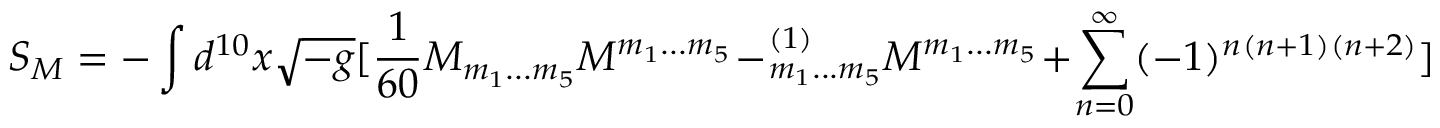
S _ { M } = - \int d ^ { 1 0 } x \sqrt { - g } [ { \frac { 1 } { 6 0 } } M _ { m _ { 1 } . . . m _ { 5 } } M ^ { m _ { 1 } . . . m _ { 5 } } - \L _ { m _ { 1 } . . . m _ { 5 } } ^ { ( 1 ) } { M } ^ { m _ { 1 } . . . m _ { 5 } } + \sum _ { n = 0 } ^ { \infty } ( - 1 ) ^ { n } \L ^ { ( n + 1 ) } \L ^ { ( n + 2 ) } ]